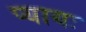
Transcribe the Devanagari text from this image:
प्यायः